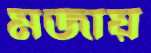
মজায়